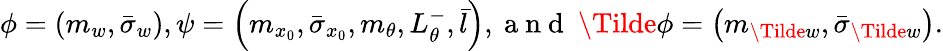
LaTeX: \begin{array}{r}{\phi=\left(m_{w},\bar{\sigma}_{w}\right),\psi=\left(m_{x_{0}},\bar{\sigma}_{x_{0}},m_{\theta},L_{\theta}^{-},\bar{l}\right),\mathrm{~a~n~d~}\ \Tilde{\phi}=\left(m_{\Tilde{w}},\bar{\sigma}_{\Tilde{w}}\right).}\end{array}